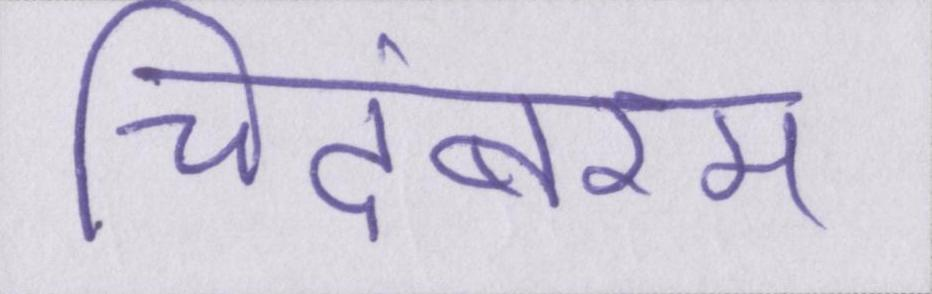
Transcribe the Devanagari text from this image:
चिदंबरम